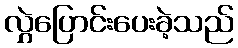
လွှဲပြောင်းပေးခဲ့သည်